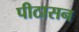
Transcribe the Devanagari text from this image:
पीठासन